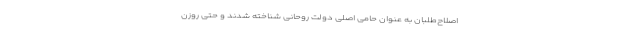
اصلاح‌طلبان به عنوان حامی اصلی دولت روحانی شناخته شدند و حتی روزن